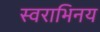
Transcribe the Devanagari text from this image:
स्वराभिनय